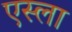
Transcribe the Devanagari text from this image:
एस्ला